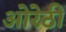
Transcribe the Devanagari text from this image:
ओरेठी